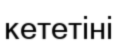
кететіні